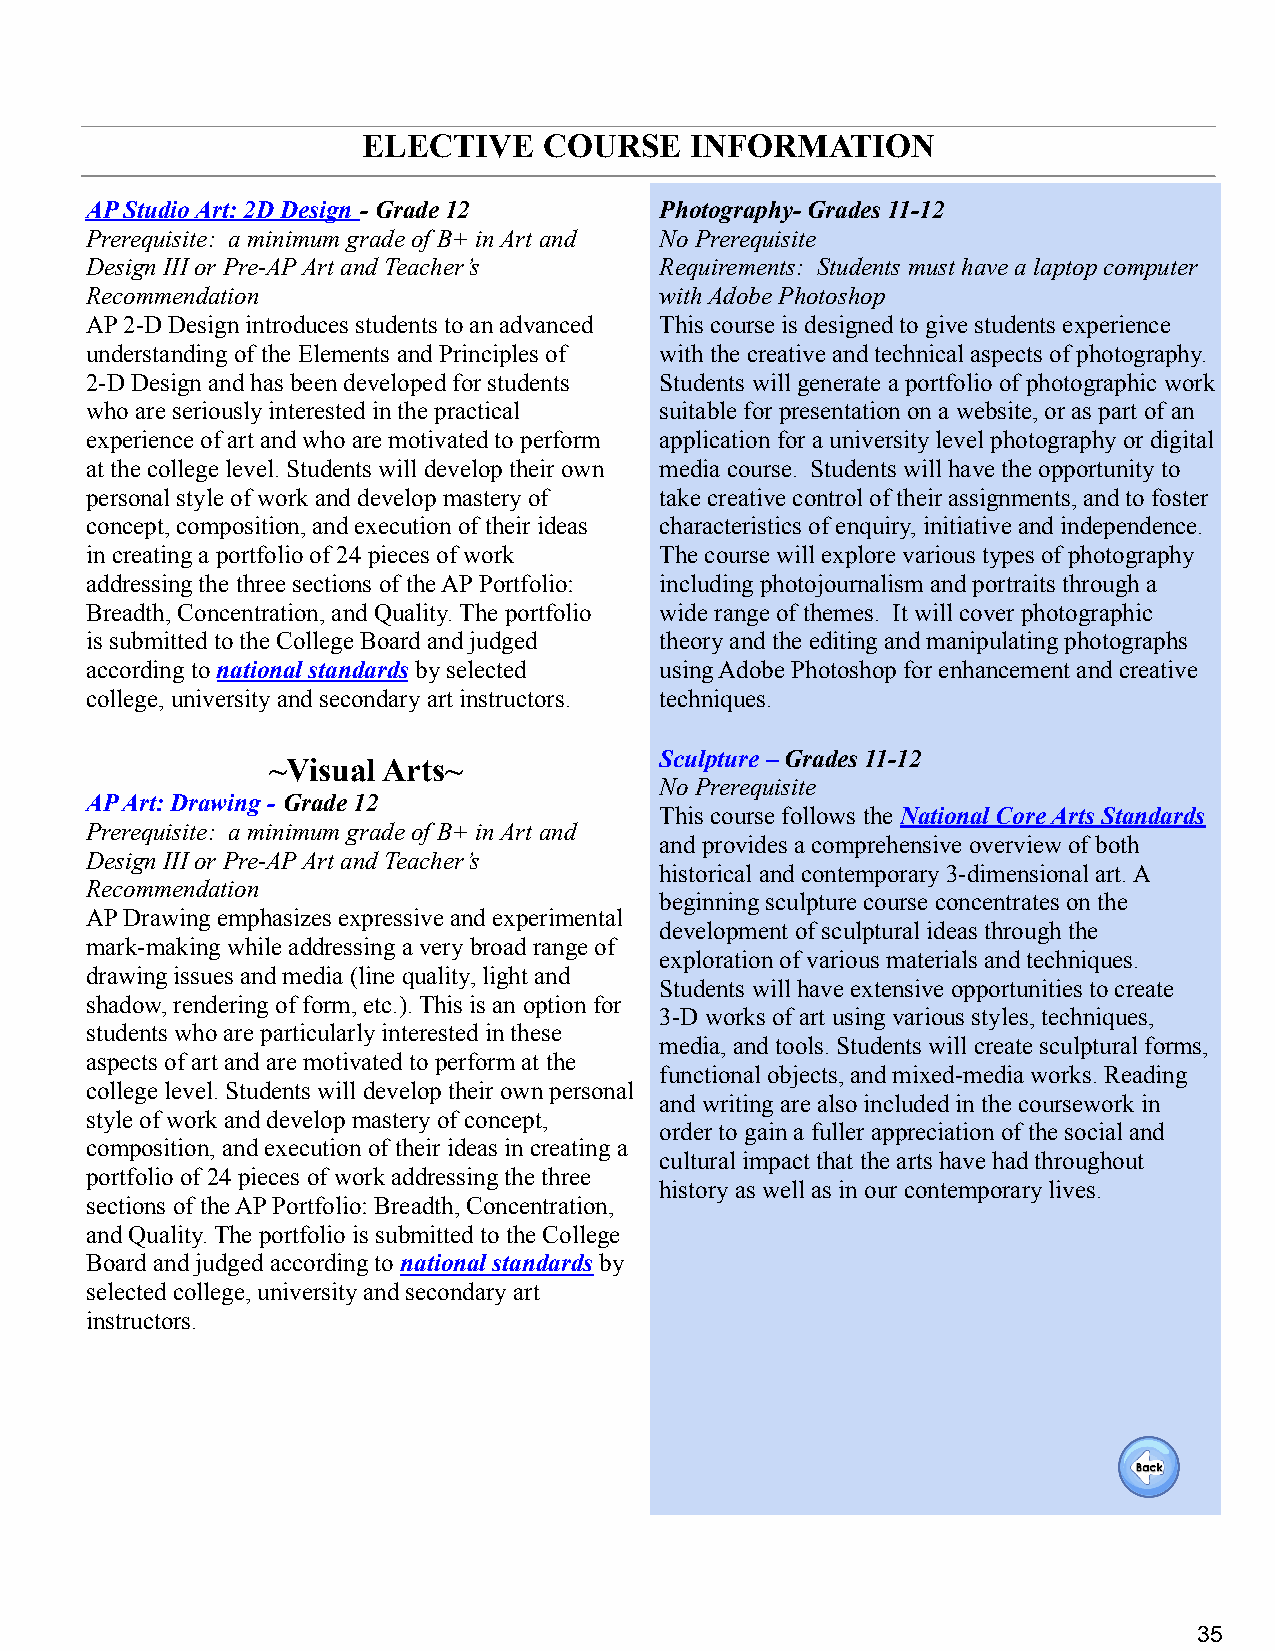
ELECTIVE    COURSE    INFORMATION
 AP Studio Art: 2D Design - Grade 12   Photography- Grades 11-12
 Prerequisite: a minimum grade of B+ in Art and No Prerequisite
 Design III or Pre-AP Art and Teacher’s Requirements: Students must have a laptop computer
 Recommendation                        with Adobe Photoshop
 AP 2-D Design introduces students to an advanced This course is designed to give students experience
 understanding of the Elements and Principles of with the creative and technical aspects of photography.
 2-D Design and has been developed for students Students will generate a portfolio of photographic work
 who are seriously interested in the practical suitable for presentation on a website, or as part of an
 experience of art and who are motivated to perform application for a university level photography or digital
 at the college level. Students will develop their own media course. Students will have the opportunity to
 personal style of work and develop mastery of take creative control of their assignments, and to foster
 concept, composition, and execution of their ideas characteristics of enquiry, initiative and independence.
 in creating a portfolio of 24 pieces of work The course will explore various types of photography
 addressing the three sections of the AP Portfolio: including photojournalism and portraits through a
 Breadth, Concentration, and Quality. The portfolio wide range of themes. It will cover photographic
 is submitted to the College Board and judged theory and the editing and manipulating photographs
 according to national standards by selected using Adobe Photoshop for enhancement and creative
 college, university and secondary art instructors. techniques.
 Sculpture –Grades 11-12
 ~Visual Arts~
 No Prerequisite
 AP Art: Drawing - Grade 12
 This course follows theNational Core Arts Standards
 Prerequisite: a minimum grade of B+ in Art and
 and provides a comprehensive overview of both
 Design III or Pre-AP Art and Teacher’s
 historical and contemporary 3-dimensional art. A
 Recommendation
 beginning sculpture course concentrates on the
 AP Drawing emphasizes expressive and experimental
 development of sculptural ideas through the
 mark-making while addressing a very broad range of
 exploration of various materials and techniques.
 drawing issues and media (line quality, light and
 Students will have extensive opportunities to create
 shadow, rendering of form, etc.). This is an option for
 3-D works of art using various styles, techniques,
 students who are particularly interested in these
 media, and tools. Students will create sculptural forms,
 aspects of art and are motivated to perform at the
 functional objects, and mixed-media works. Reading
 college level. Students will develop their own personal
 and writing are also included in the coursework in
 style of work and develop mastery of concept,
 order to gain a fuller appreciation of the social and
 composition, and execution of their ideas in creating a
 cultural impact that the arts have had throughout
 portfolio of 24 pieces of work addressing the three
 history as well as in our contemporary lives.
 sections of the AP Portfolio: Breadth, Concentration,
 and Quality. The portfolio is submitted to the College
 Board and judged according to national standards by
 selected college, university and secondary art
 instructors.
 35